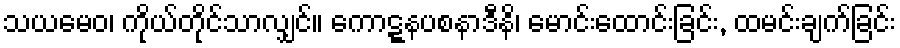
သယမေဝ၊ ကိုယ်တိုင်သာလျှင်။ ကောဋ္ဋနပစနာဒီနိ၊ မောင်းထောင်းခြင်း, ထမင်းချက်ခြင်း